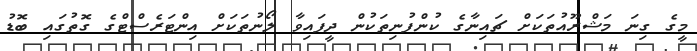
މީގެ ގިނަ މަޝްރޫއުތަކަށް ޗައިނާގެ ކުންފުނިތަކުން ދީފައިވާ ލޯނުތަކަށް އިންޓަރެސްޓްގެ ގޮތުގައި ބޮޑު